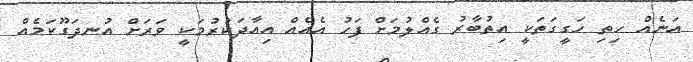
އަނެއް ހިތި ހަގީގަތަކީ އިތުބާރު ގެއްލުމަށް ފަހު އެއެއް އިއާދަކުރުމަކީ ވަރަށް އުނދަގޫކަމެއް